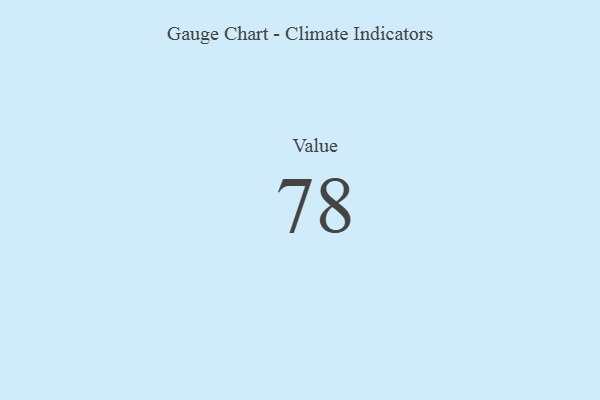
{"axis": {"x": "Metric", "y": "Value"}, "legend": [""], "data": [{"x": "Value", "y": 78, "type": ""}]}